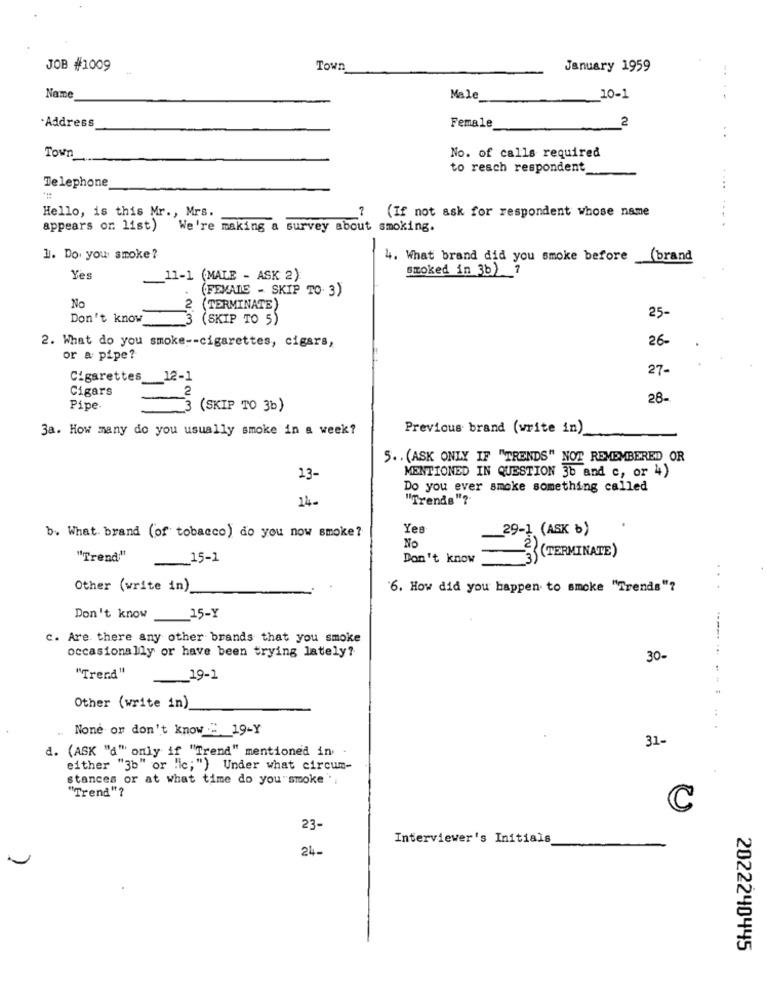
JOB #1009
Town
January 1959
-.
Name
Male
10-1
.Address
Female
2
. .
No. of calls required
Town_
to reach respondent
Telephone
...
Hello, is this Mr ., Mrs.
(If not ask for respondent whose name
appears on list) We're making a survey about smoking.
1. Do you' smoke ?
4. What brand did you smoke before
brand
smoked in 3b) ?
Yes
11-1 (MALE - ASK 2)
(FEMALE - SKIP TO. 3)
No
2 (TERMINATE)
Don't know
3 (SKIP TO 5)
25-
26-
2. What do you smoke -- cigarettes, cigars,
or a pipe?
27-
Cigarettes 12-1
Cigars
2
28-
Pipe
3 (SKIP TO 3b)
3a. How many do you usually smoke in a week?
Previous brand (write in)_
5. . (ASK ONLY IF "TRENDS" NOT REMEMBERED OR
13-
MENTIONED IN QUESTION 3b and c, or 4)
Do you ever smoke something called
14-
"Trends"?
Yes
29-1 (ASK b)
b. What brand (of tobacco) do you now smoke?
No
"Trend;"
__ 15-1
Don't know
-23 (TERMINATE)
Other (write in)
'6. How did you happen to smoke "Trends"?
Don't know
15-Y
c. Are there any other brands that you smoke
----...
occasionally or have been trying lately?
30-
"Trend"
_19-1
Other (write in)
.. None or don't know " 19-Y
31-
d. (ASK "a" only if "Trend" mentioned in
either "3b" or "ic;") Under what circum-
stances or at what time do you "smoke ';
"Trend"?
C
23-
Interviewer's Initials
24.
2022240445